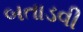
બતાડવી